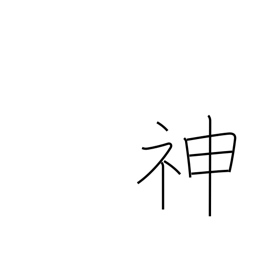
Meaning: gods